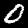
Digit: 0